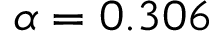
\alpha = 0 . 3 0 6